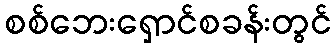
စစ်ဘေးရှောင်စခန်းတွင်